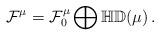
LaTeX: \begin{align*}{\cal F}^{\mu}={\cal F}^{\mu}_0\bigoplus \mathbb{HD}(\mu)\,.\end{align*}